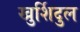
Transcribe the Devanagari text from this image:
खुर्शिदुल